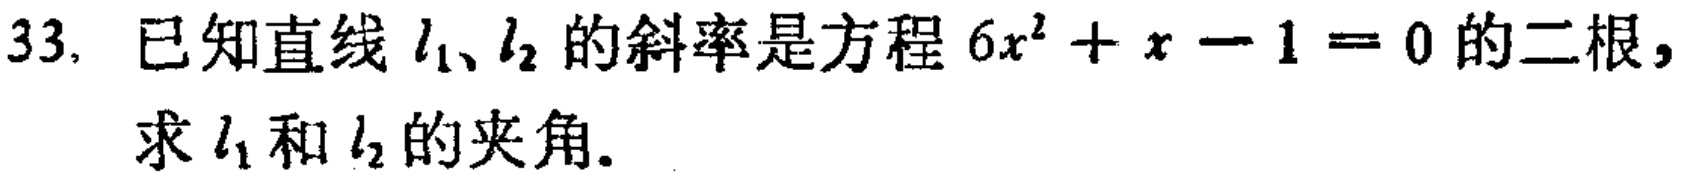
33. 已知直线\(l_1\)、\(l_2\)的斜率是方程\(6x^{2}+x - 1 = 0\)的二根，求\(l_1\)和\(l_2\)的夹角。